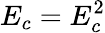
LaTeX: E_{c}=E_{c}^{2}